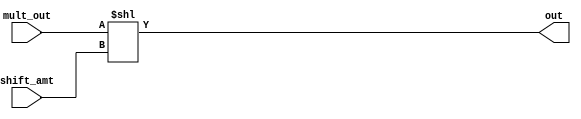
// This program was cloned from: https://github.com/iCAS-Lab/APTPU
// License: MIT License

// MIT License
// 
// Copyright (c) 2021-2024 iCAS Lab
// 
// Permission is hereby granted, free of charge, to any person obtaining a copy
// of this software and associated documentation files (the "Software"), to deal
// in the Software without restriction, including without limitation the rights
// to use, copy, modify, merge, publish, distribute, sublicense, and/or sell
// copies of the Software, and to permit persons to whom the Software is
// furnished to do so, subject to the following conditions:
// 
// The above copyright notice and this permission notice shall be included in all
// copies or substantial portions of the Software.
// 
// THE SOFTWARE IS PROVIDED "AS IS", WITHOUT WARRANTY OF ANY KIND, EXPRESS OR
// IMPLIED, INCLUDING BUT NOT LIMITED TO THE WARRANTIES OF MERCHANTABILITY,
// FITNESS FOR A PARTICULAR PURPOSE AND NONINFRINGEMENT. IN NO EVENT SHALL THE
// AUTHORS OR COPYRIGHT HOLDERS BE LIABLE FOR ANY CLAIM, DAMAGES OR OTHER
// LIABILITY, WHETHER IN AN ACTION OF CONTRACT, TORT OR OTHERWISE, ARISING FROM,
// OUT OF OR IN CONNECTION WITH THE SOFTWARE OR THE USE OR OTHER DEALINGS IN THE
// SOFTWARE.

// Company: iCAS Lab, University of South Carolina
// Design Name: 
// Module Name: barrel_shifter
// Project Name: 
// Target Devices: 
// Tool Versions: 
// Description: 
// 
// Dependencies: 
// 
// Revision:
// Revision 0.01 - File Created
// Additional Comments:
// 
//////////////////////////////////////////////////////////////////////////////////

`timescale 1ns / 1ps

module barrel_shifter#(
    parameter A_BW=8,
    parameter MULT_DW=6,
    parameter B_BW=8
    )                  (
    input [(MULT_DW*2)-1:0] mult_out,
    input [$clog2(B_BW):0] shift_amt,
    output [(A_BW+B_BW)-1:0] out
    );
    
    wire [(A_BW+B_BW)-1:0] w;
    
    assign w = {{((A_BW+B_BW)-(MULT_DW*2)){1'b0}}, mult_out}; 
    
    
    assign out = (w<<shift_amt); 
    
endmodule